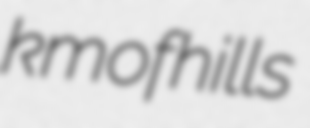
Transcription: km of hills